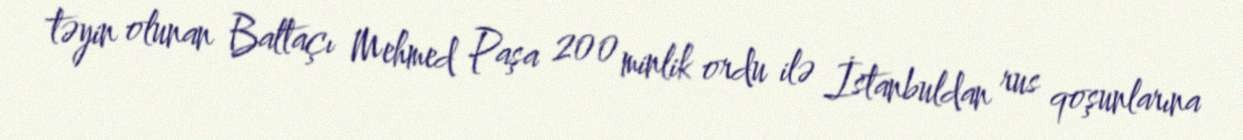
təyin olunan Baltaçı Mehmed Paşa 200 minlik ordu ilə İstanbuldan rus qoşunlarına